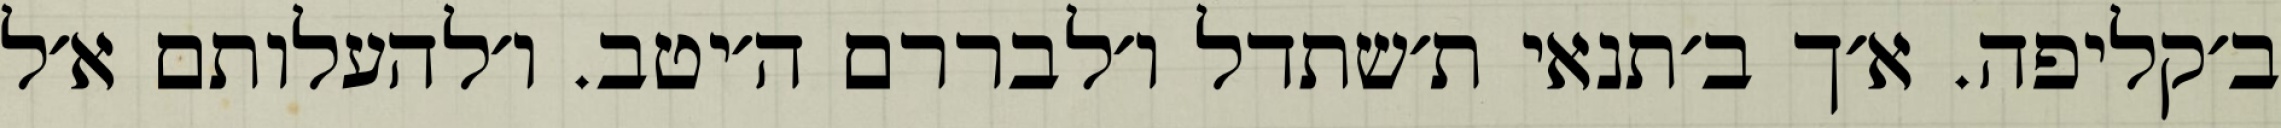
ב׳קליפה. א׳ך ב׳תנאי ת׳שתדל ו׳לבררם ה׳יטב. ו׳להעלותם א׳ל